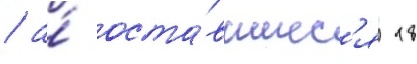
/ а́ оста́вшиес'я 18